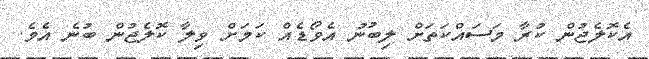
އެކޮލެޖުން ކުރާ މަސައްކަތަށް ލިބުނު އެވޯޑެއް ކަމަށް ވިލާ ކޮލެޖުން ބުނެ އެވެ.